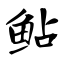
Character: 鲇